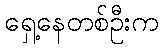
ရှေ့နေတစ်ဦးက